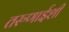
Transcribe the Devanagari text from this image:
तरुणाईशी